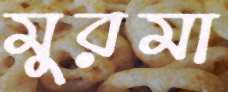
মুরমা